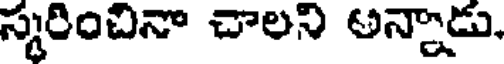
స్మరించినా చాలని అన్నాడు,